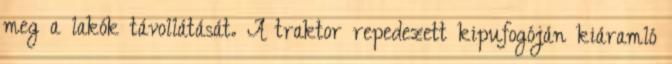
meg a lakók távollátását. A traktor repedezett kipufogóján kiáramló